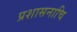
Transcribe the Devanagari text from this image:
प्रशासनाचि